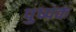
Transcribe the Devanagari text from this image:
पुष्‍पकं